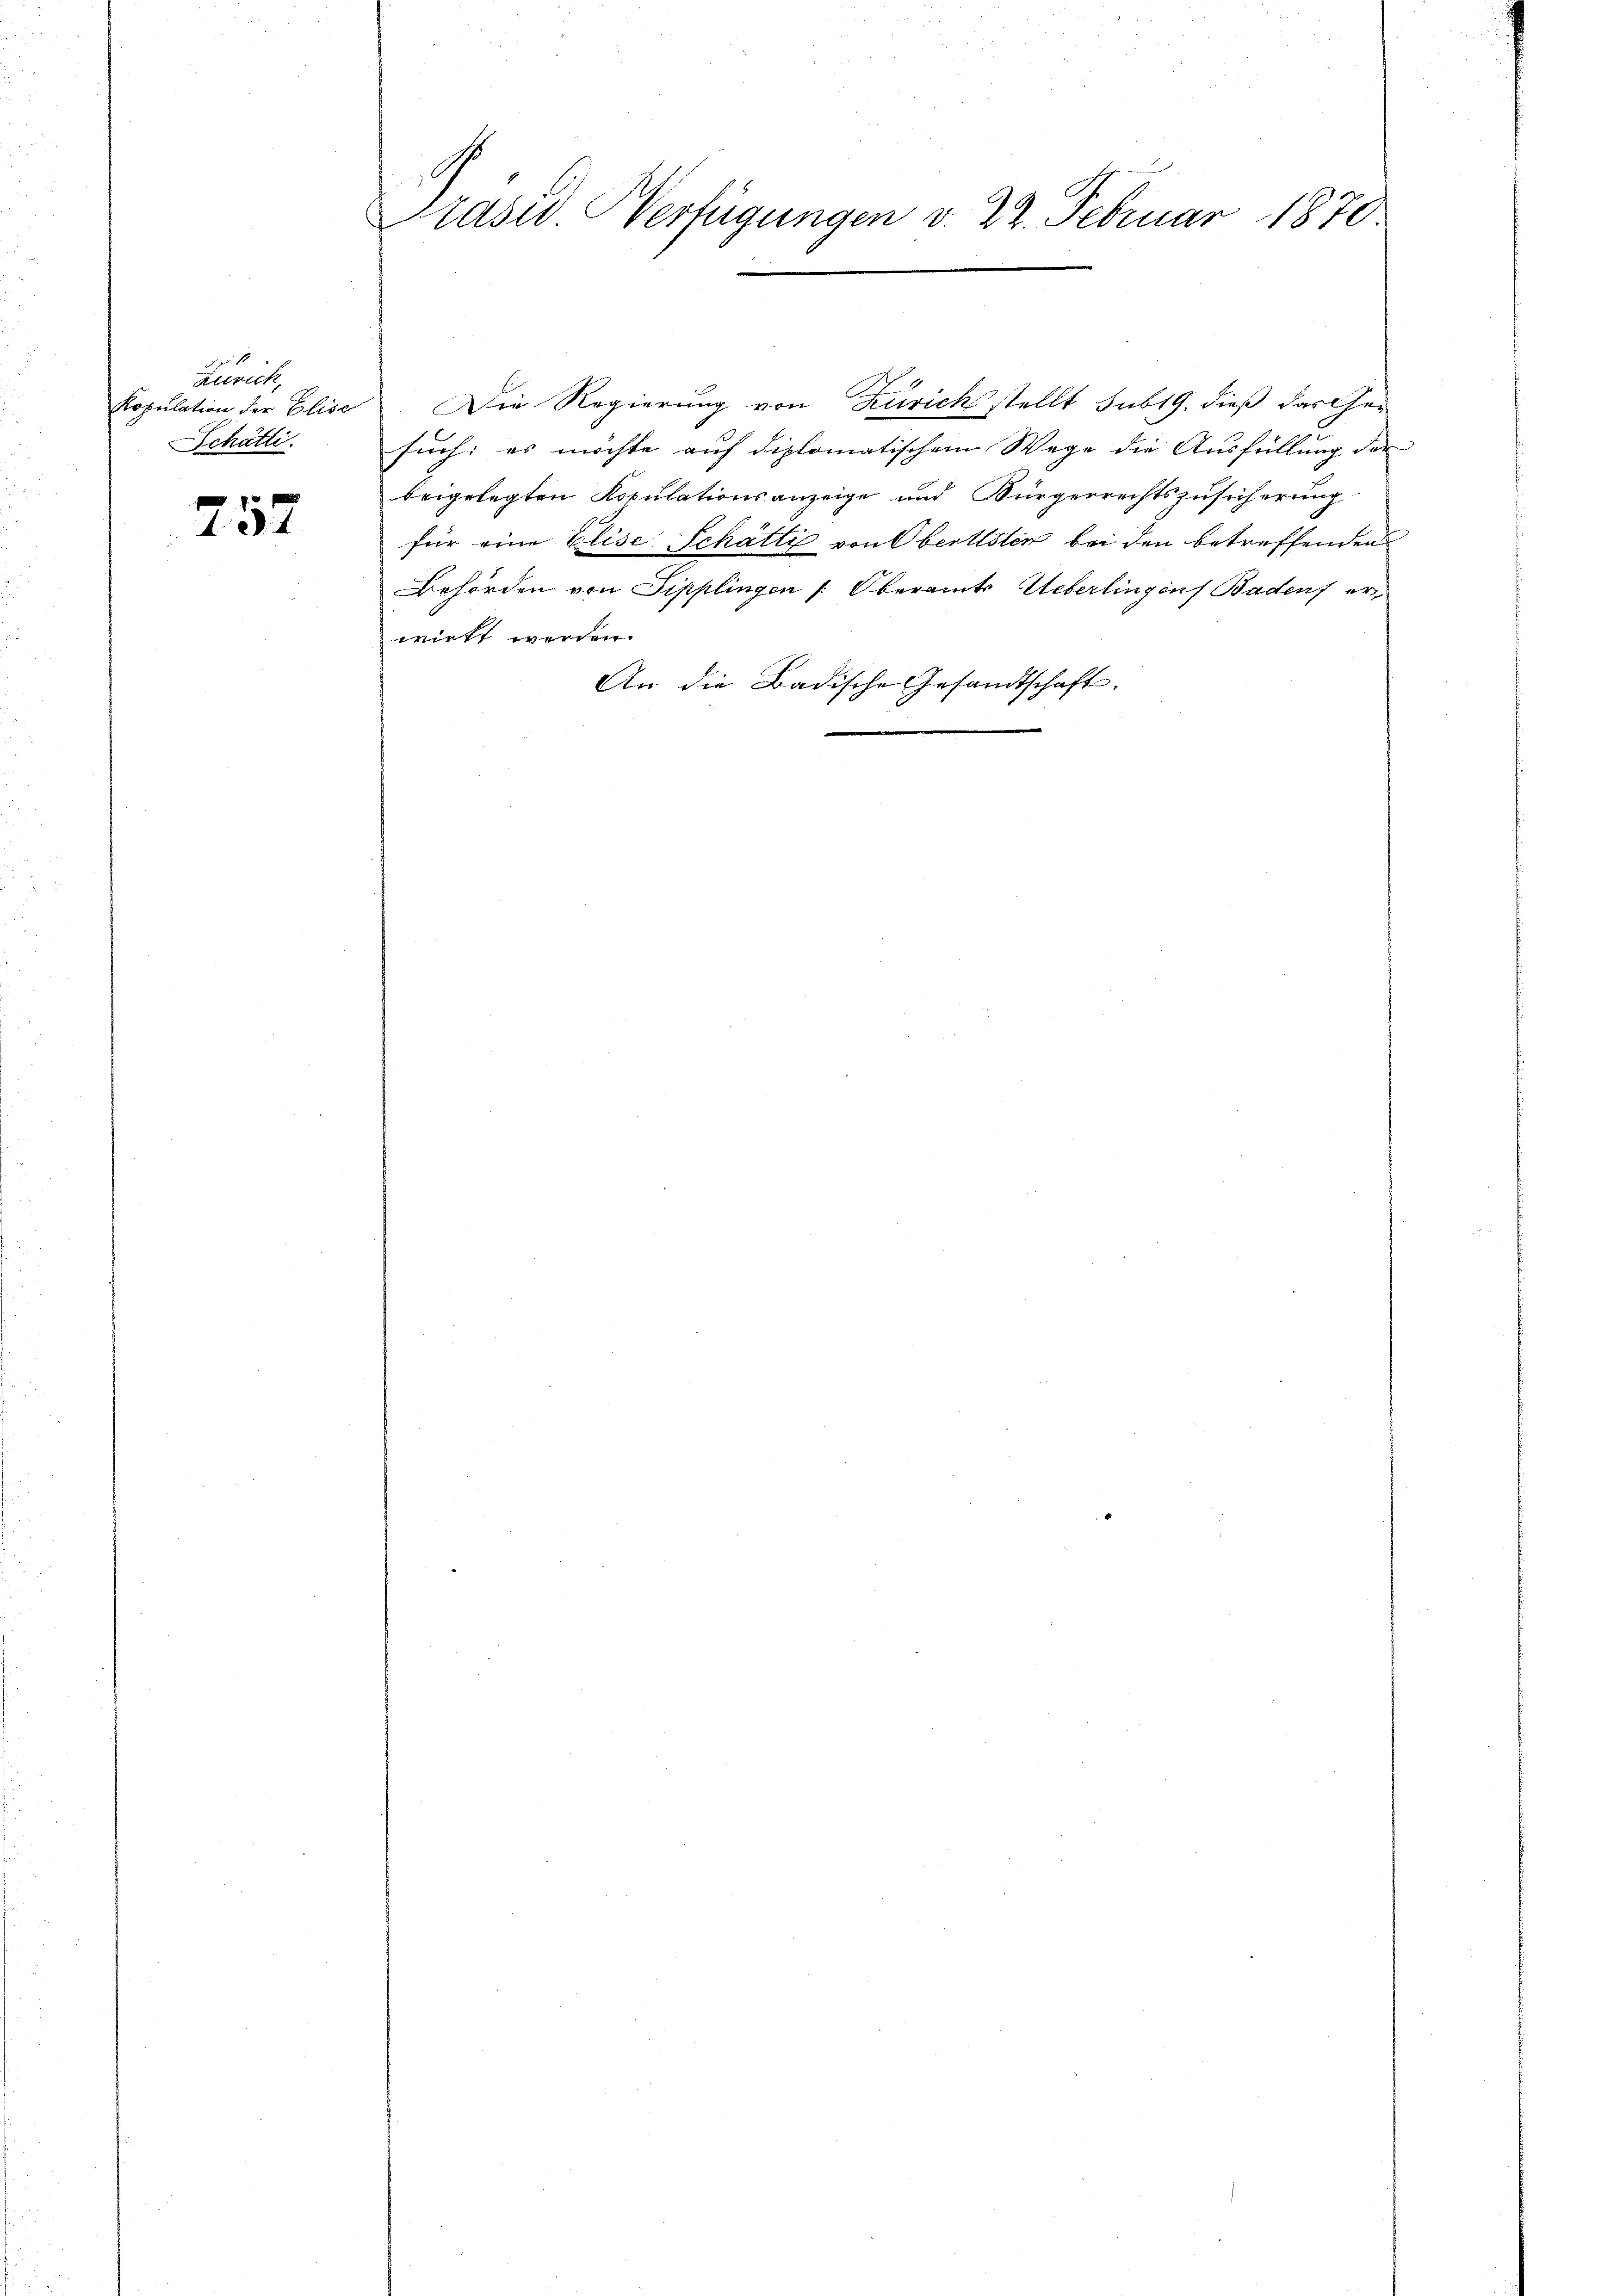
Zürich,
Ropulation der Elise
Schätti

757

Prase Verfügungen v. 22. Februar 1870.
.

Die Regierung von Zürich stellt sub 19. dieß das Gesuch: es möchte auf diplomatischem Wege die Ausfüllung der |
beigelegten Kopulationsanzeige und Bürgerrechtszusicherung
für eine Elise Schätli von Oberlisten bei den betreffenden
Behörden von Sipplingen /: Oberamts Ueberlingens Badens er
wirkt werden.
An die Badische Gesandtschaft.
e

e